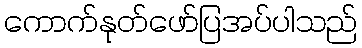
ကောက်နုတ်ဖော်ပြအပ်ပါသည်